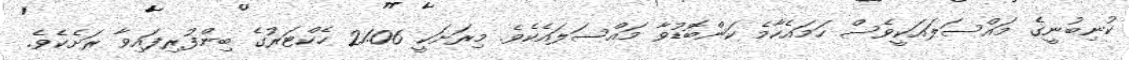
ކުނިބުނީގެ މައްސަލައަކީވެސް ހަމައެހާމެ ކަންބޮޑުވާ މައްސަލައެކެވެ. މިރަށަކީ 21.06 ހެކްޓަރުގެ ބިންފުރިފައިވާ ރަށެކެވެ.